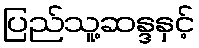
ပြည်သူ့ဆန္ဒနှင့်